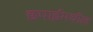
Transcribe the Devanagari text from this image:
छपाईमधील